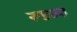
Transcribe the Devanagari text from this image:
रूडच्या